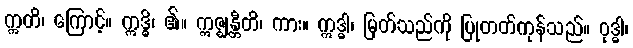
ဣတိ၊ ကြောင့်။ ဣဒ္ဓိ၊ ၏။ ဣဇ္ဈန္တီတိ၊ ကား။ ဣဒ္ဓါ၊ မြတ်သည်ကို ပြုတတ်ကုန်သည်။ ဝုဒ္ဓါ၊